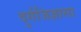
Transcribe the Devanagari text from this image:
दुर्गजिज्ञासा